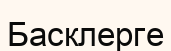
Басклерге